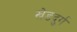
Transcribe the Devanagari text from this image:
खेडदुर्ग